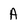
Character: A